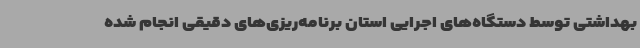
بهداشتی توسط دستگاه‌های اجرایی استان برنامه‌ریزی‌های دقیقی انجام شده